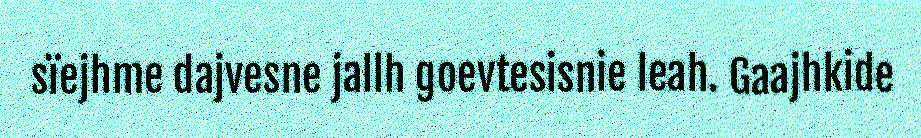
sïejhme dajvesne jallh goevtesisnie leah. Gaajhkide